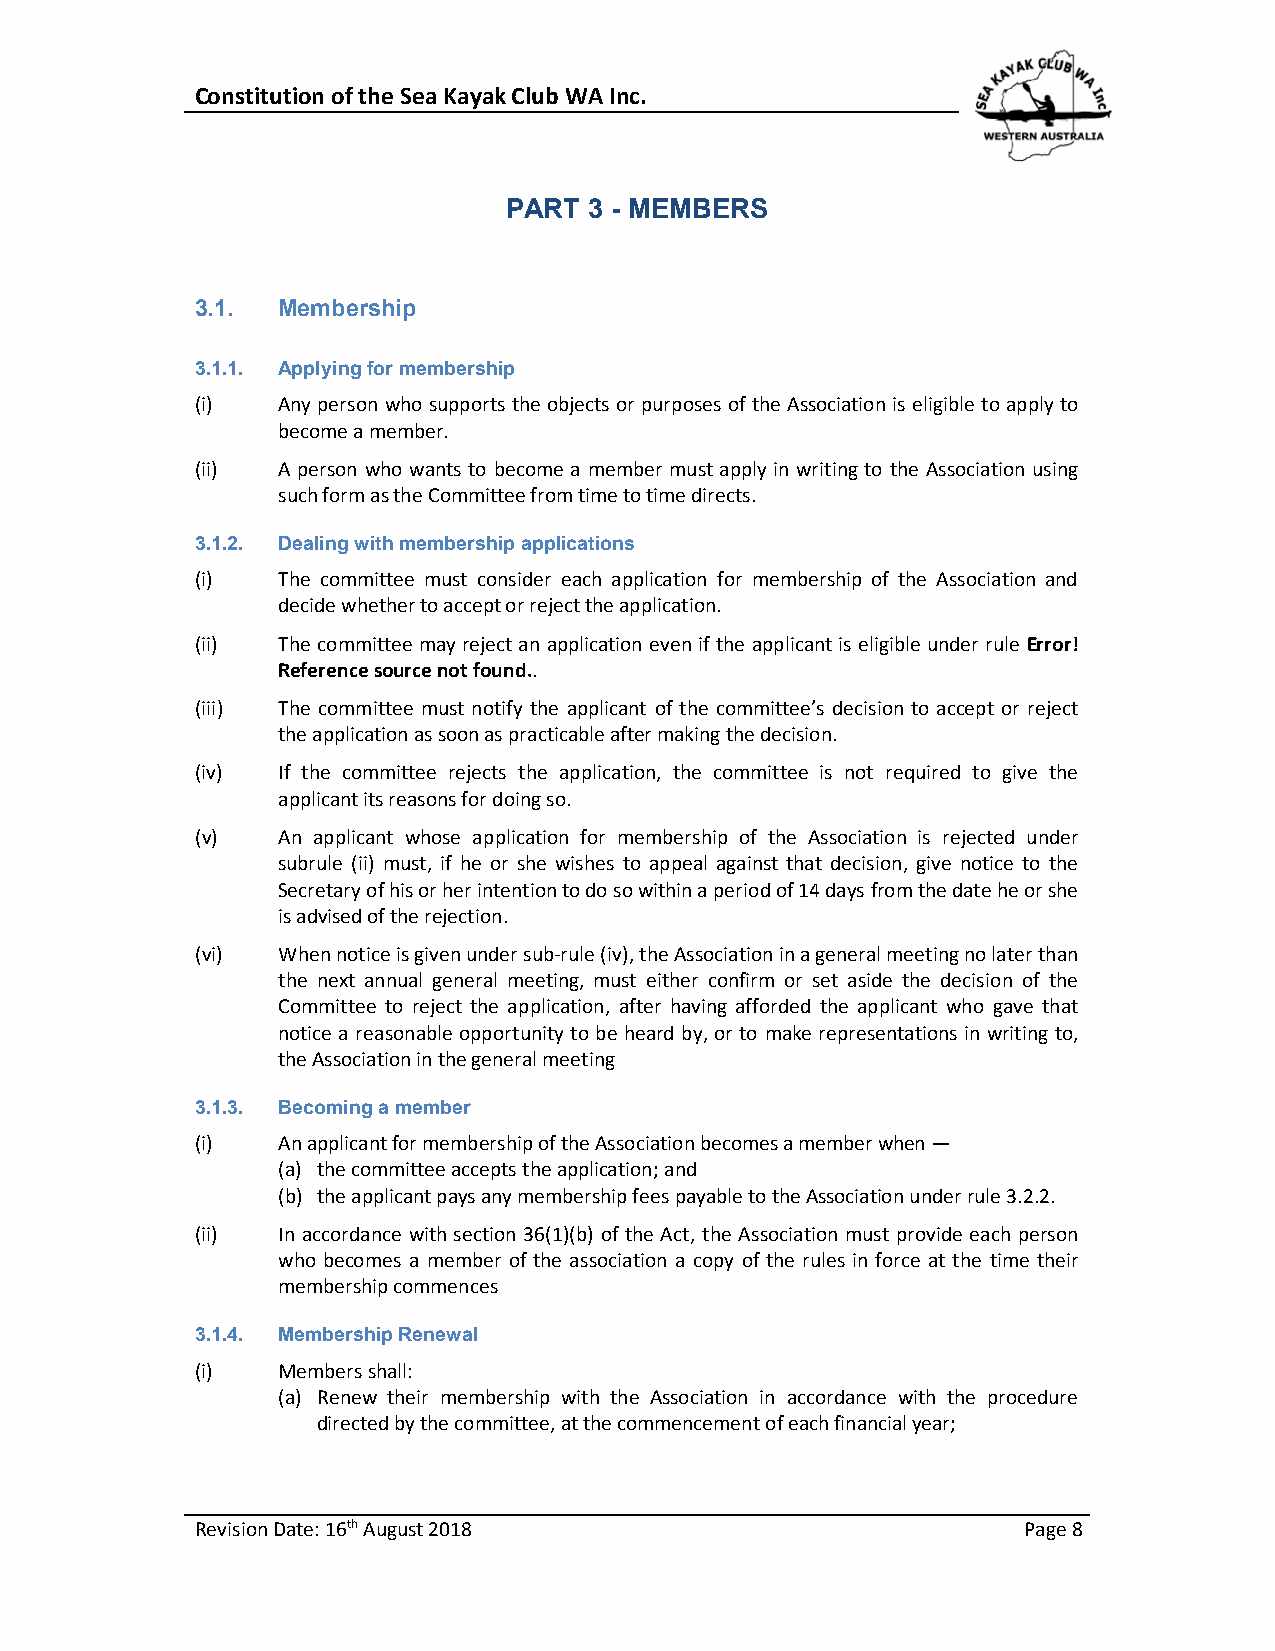
Constitution of the Sea Kayak Club WA Inc.
 PART 3 - MEMBERS
 3.1. Membership
 3.1.1. Applying for membership
 (i)  Any person who supports the objects or purposes of the Association is eligible to apply to
 become a member.
 (ii) A person who wants to become a member must apply in writing to the Association using
 such form as the Committee from time to time directs.
 3.1.2. Dealing with membership applications
 (i)  The committee must consider each application for membership of the Association and
 decide whether to accept or reject the application.
 (ii) The committee may reject an application even if the applicant is eligible under rule Error!
 Reference source not found..
 (iii) The committee must notify the applicant of the committee’s decision to accept or reject
 the application as soon as practicable after making the decision.
 (iv) If the committee rejects the application, the committee is not required to give the
 applicant its reasons for doing so.
 (v)  An applicant whose application for membership of the Association is rejected under
 subrule (ii) must, if he or she wishes to appeal against that decision, give notice to the
 Secretary of his or her intention to do so within a period of 14 days from the date he or she
 is advised of the rejection.
 (vi) When notice is given under sub-rule (iv), the Association in a general meeting no later than
 the next annual general meeting, must either confirm or set aside the decision of the
 Committee to reject the application, after having afforded the applicant who gave that
 notice a reasonable opportunity to be heard by, or to make representations in writing to,
 the Association in the general meeting
 3.1.3. Becoming a member
 (i)  An applicant for membership of the Association becomes a member when —
 (a) the committee accepts the application; and
 (b) the applicant pays any membership fees payable to the Association under rule 3.2.2.
 (ii) In accordance with section 36(1)(b) of the Act, the Association must provide each person
 who becomes a member of the association a copy of the rules in force at the time their
 membership commences
 3.1.4. Membership Renewal
 (i)  Members shall:
 (a) Renew their membership with the Association in accordance with the procedure
 directed by the committee, at the commencement of each financial year;
 Revision Date: 16th August 2018                        Page 8